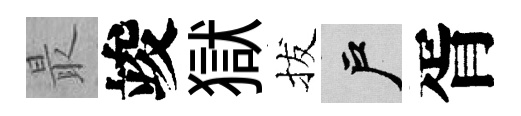
最竣獄拔户胥